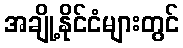
အချို့နိုင်ငံများတွင်